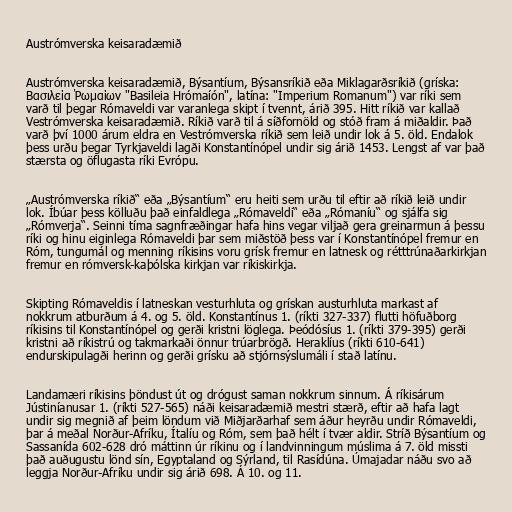
Austrómverska keisaradæmið

Austrómverska keisaradæmið, Býsantíum, Býsansríkið eða Miklagarðsríkið (gríska:
Βασιλεία Ῥωμαίων "Basileia Hrómaíón", latína: "Imperium Romanum") var ríki sem
varð til þegar Rómaveldi var varanlega skipt í tvennt, árið 395. Hitt ríkið var kallað
Vestrómverska keisaradæmið. Ríkið varð til á síðfornöld og stóð fram á miðaldir. Það
varð því 1000 árum eldra en Vestrómverska ríkið sem leið undir lok á 5. öld. Endalok
þess urðu þegar Tyrkjaveldi lagði Konstantínópel undir sig árið 1453. Lengst af var það
stærsta og öflugasta ríki Evrópu.

„Austrómverska ríkið“ eða „Býsantíum“ eru heiti sem urðu til eftir að ríkið leið undir
lok. Íbúar þess kölluðu það einfaldlega „Rómaveldi“ eða „Rómaníu“ og sjálfa sig
„Rómverja“. Seinni tíma sagnfræðingar hafa hins vegar viljað gera greinarmun á þessu
ríki og hinu eiginlega Rómaveldi þar sem miðstöð þess var í Konstantínópel fremur en
Róm, tungumál og menning ríkisins voru grísk fremur en latnesk og rétttrúnaðarkirkjan
fremur en rómversk-kaþólska kirkjan var ríkiskirkja.

Skipting Rómaveldis í latneskan vesturhluta og grískan austurhluta markast af
nokkrum atburðum á 4. og 5. öld. Konstantínus 1. (ríkti 327-337) flutti höfuðborg
ríkisins til Konstantínópel og gerði kristni löglega. Þeódósíus 1. (ríkti 379-395) gerði
kristni að ríkistrú og takmarkaði önnur trúarbrögð. Heraklíus (ríkti 610-641)
endurskipulagði herinn og gerði grísku að stjórnsýslumáli í stað latínu.

Landamæri ríkisins þöndust út og drógust saman nokkrum sinnum. Á ríkisárum
Jústiníanusar 1. (ríkti 527-565) náði keisaradæmið mestri stærð, eftir að hafa lagt
undir sig megnið af þeim löndum við Miðjarðarhaf sem áður heyrðu undir Rómaveldi,
þar á meðal Norður-Afríku, Ítalíu og Róm, sem það hélt í tvær aldir. Stríð Býsantíum og
Sassanída 602-628 dró máttinn úr ríkinu og í landvinningum múslima á 7. öld missti
það auðugustu lönd sín, Egyptaland og Sýrland, til Rasídúna. Úmajadar náðu svo að
leggja Norður-Afríku undir sig árið 698. Á 10. og 11.